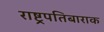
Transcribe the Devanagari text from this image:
राष्ट्रपतिबाराक